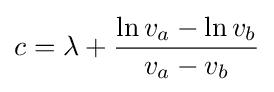
c=\lambda +{\frac {\ln v_{a}-\ln v_{b}}{v_{a}-v_{b}}}